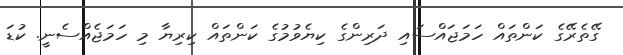
ގޭތެރޭގެ ކަންތައް ހަމަޖައްސައި ދަރިންގެ ކިޔެވުމުގެ ކަންތައް ކިރިޔާ މި ހަމަޖެއްސެނީ. ކުޑަ